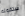
ستقوله